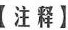
【注释】